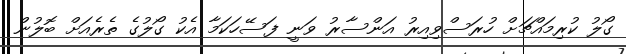
ގޯލު ކުރިމައްޗަށް ހުރަސްވިއިރު އަންސާރު ވަނީ ފަސޭހަކަމާ އެކު ގޯލުގެ ތެރެއަށް ބޮލުން